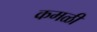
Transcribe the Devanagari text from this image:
कमळी